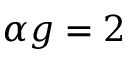
\alpha g = 2